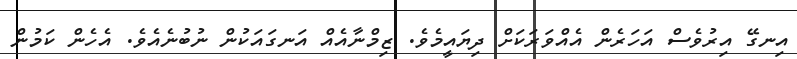
އިނގޭ އިރުވެސް އަހަރެން އެއްވަރަކަށް ދިޔައީމެވެ. ޒިމްނާއެއް އަނގައަކުން ނުބުނެއެވެ. އެހެން ކަމުން